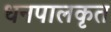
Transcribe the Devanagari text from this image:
धनपालकृत